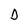
Character: D